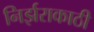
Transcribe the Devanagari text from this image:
निर्झराकाठी